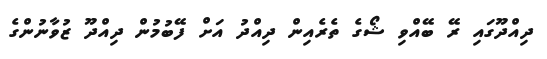
ދިއްދޫގައި ރޭ ބޭއްވި ޝޯގެ ތެރެއިން ދިއްދު އަށް ފޭބުމުން ދިއްދޫ ޒުވާނުންގެ